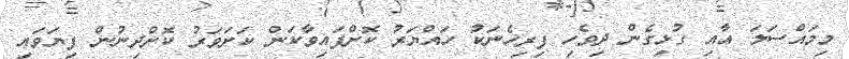
މިމައްސަލަ އާއި ގުޅިގެން ދިވެހި ފިރިހެނަކު ހައްޔަރު ކޮށްފައިވާކަން ކަށަވަރު ކޮށްދިނުން ފިޔަވައި